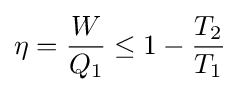
\eta ={\frac {W}{Q_{1}}}\leq 1-{\frac {T_{2}}{T_{1}}}